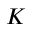
K